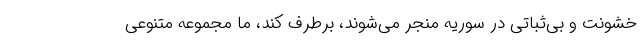
خشونت و بی‌ثباتی در سوریه منجر می‌شوند، برطرف کند، ما مجموعه متنوعی